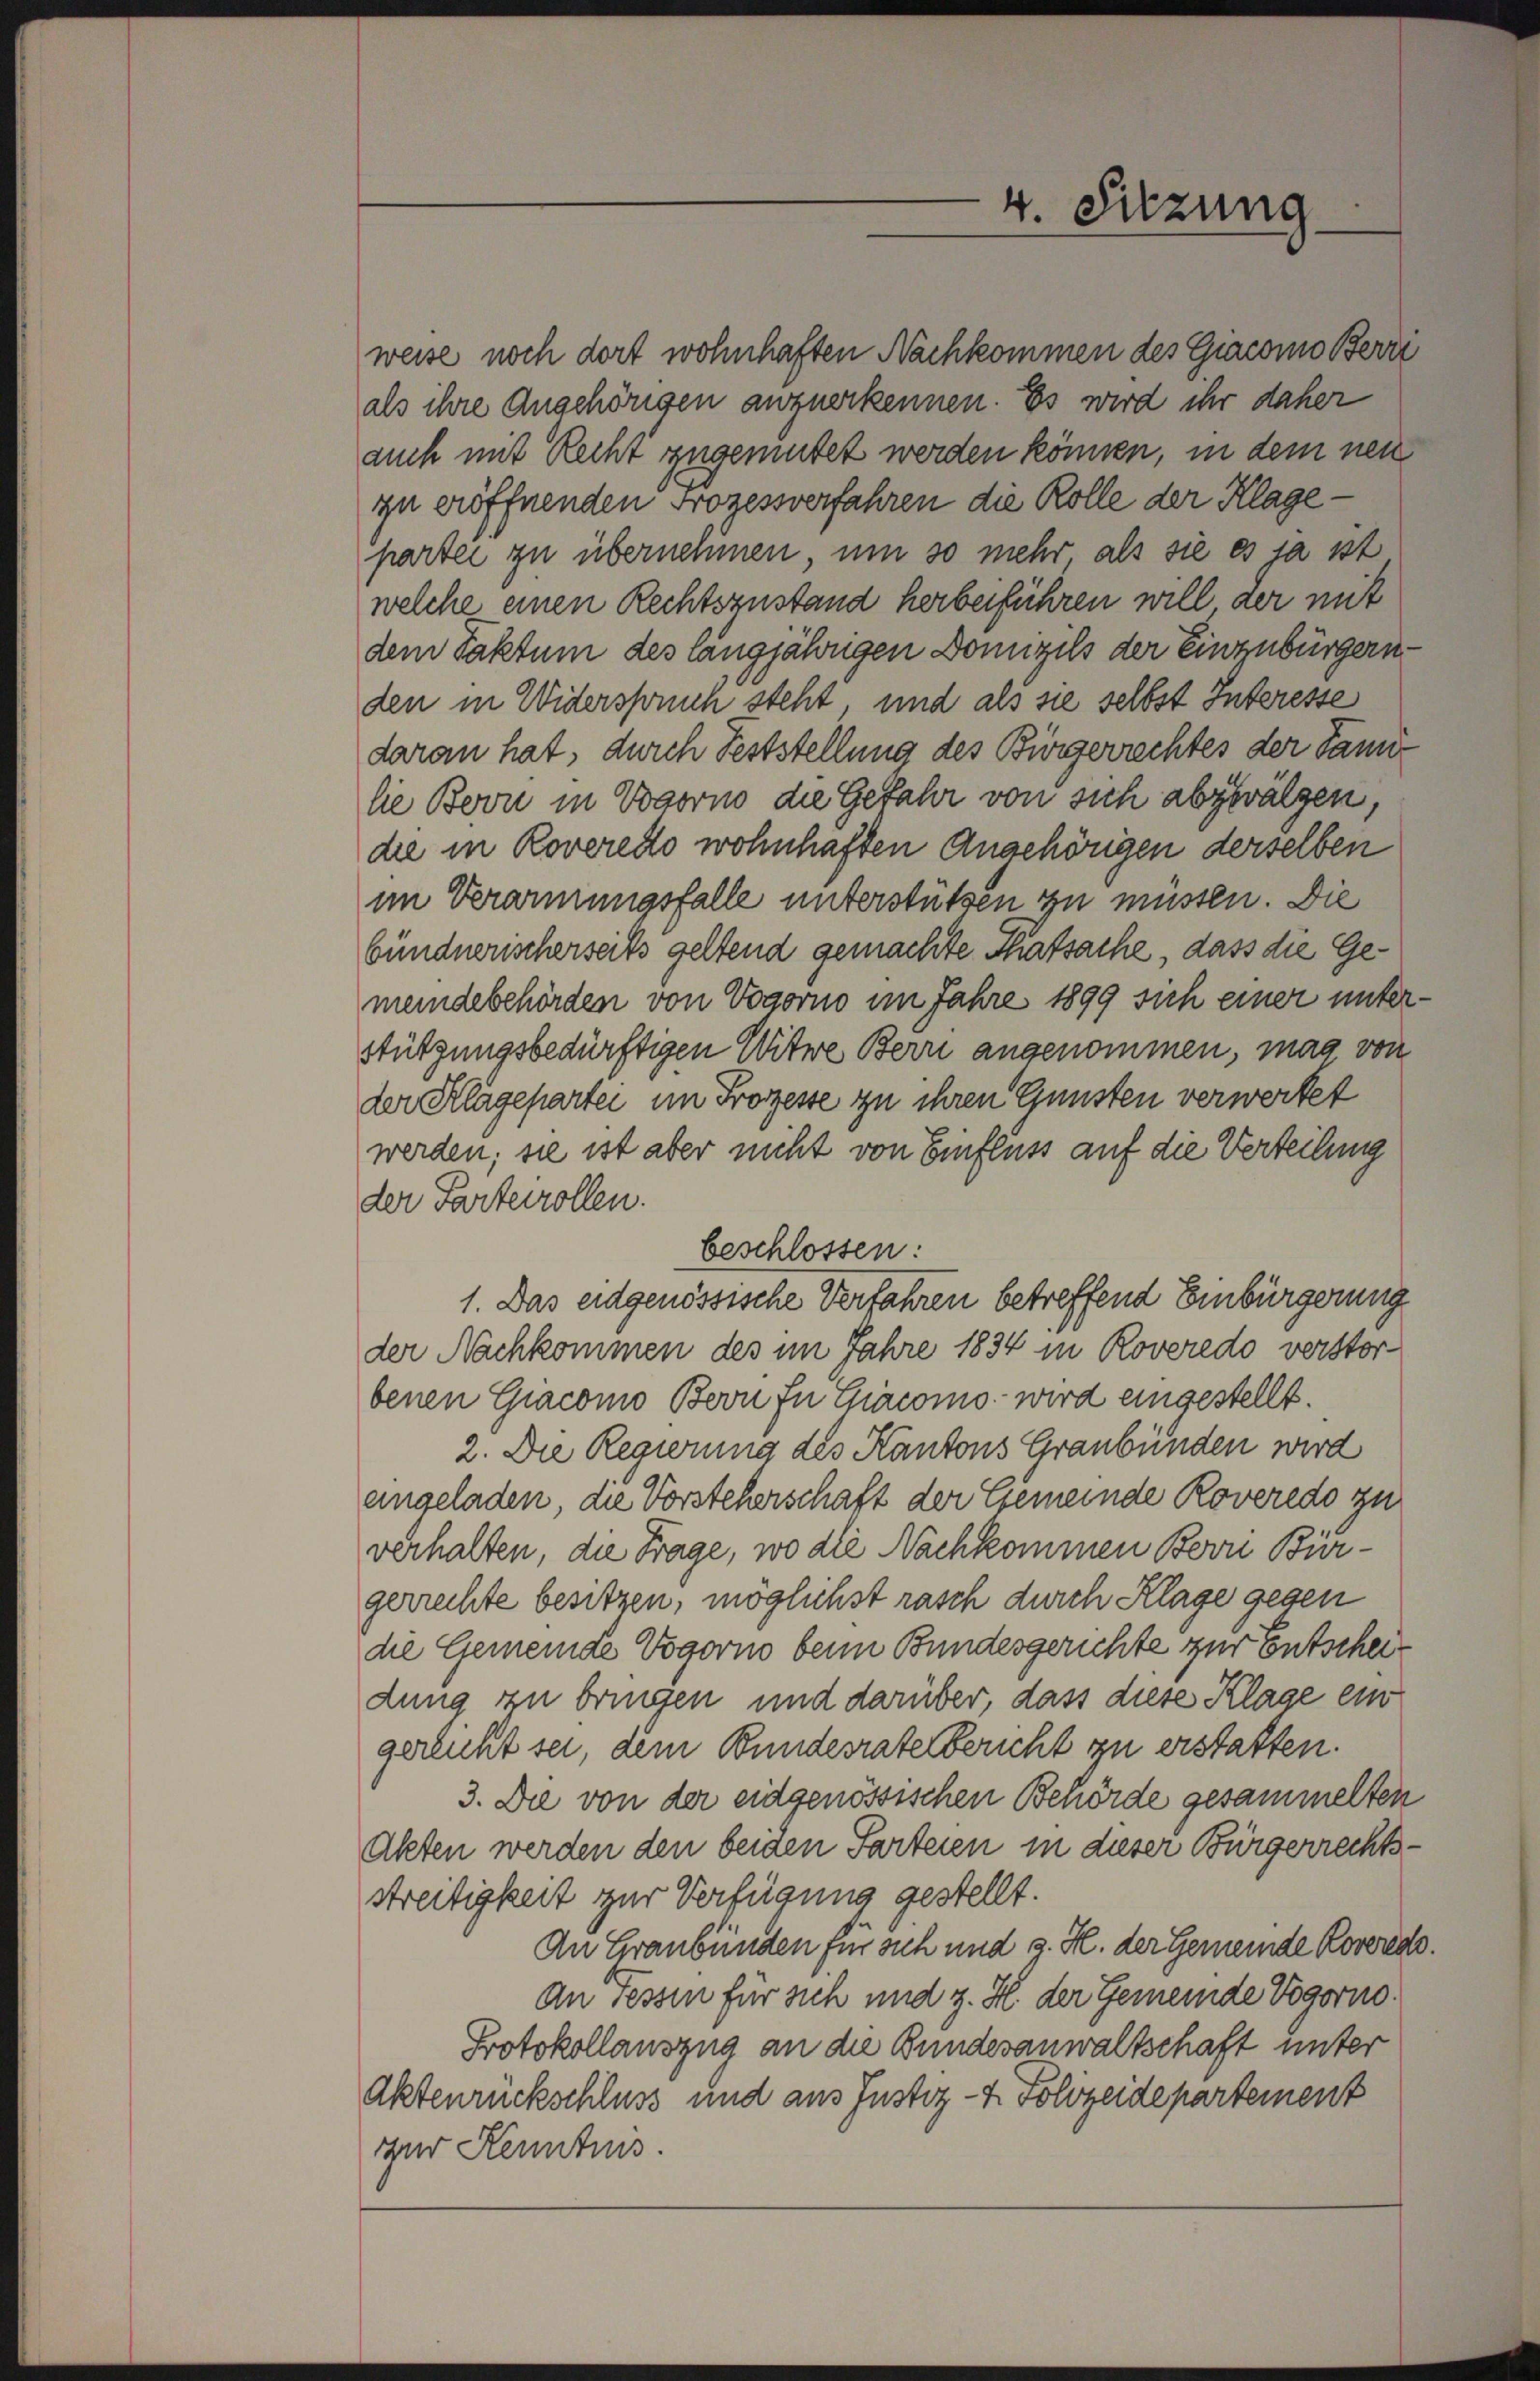
weise noch dort wohnhaften Nachkommen des Giacomo Berri
als ihre Angehörigen auzuerkennen. Es wird ihr daher
auch mit Recht zugemutet werden können, in dem neu
zu eröffnenden Prozessverfahren die Rolle der Klagepartei zu übernehmen, um so mehr als sie es ja ist
welche einen Rechtszustand herbeiführen will, der mit
dem Faktum des langjährigen Domizils der Einzubürgernden in Widerspruch steht und als sie selbst Interesse
daran hat, durch Feststellung des Bürgerrechtes der Tanne
lie Bovii in Vogorno die Gefahr von sich abzuwälzen,
die in Roveretto wohnhaften Angehörigen derselben

beschlossen:

4. Sitzung

im Verarmungsfalle unterstützen zu müssen. Die
bündnerischerseits geltend gemachte Thatsache, dass die Gemeindebehörden von Vogorno im Jahre 1899 sich einer unter¬
Stützungsbedürftigen Witwe Berri angenommen, mag von
der Klägepartei im Prozesse zu ihren Gunsten verwortet
werden; sie ist aber nicht von Einfluss auf die Verteilung
der Parterrollen.
1. Das eidgenössische Verfahren betreffend Einbürgerung
der Nachkommen des im Jahre 1834 in Roveredo verstor-
benen Giacono Bern In Chiacomo- wird eingestellt.
2. Die Regierung des Kantons Graubünden wird
angeladen, die Vorsteherschaft der Gemeinde Roveredo zu
verhalten, die Frage, wo die Nachkommen Boon Bürgerrechte besitzen, möglichst rasch durch Klage gegen
die Gemeinde Vogorno beim Bundesgerichte zur Entscheidung zu bringen und darüber, dass diese Klage ein
gerlicht sei, dem Bundesrate bericht zu erstatten.
3. Die von der eidgenössischen Behörde gesammelten
Akten werden den beiden Parteien in dieser Bürgerrechtsstreitigkeit zur Verfügung gestellt.
An Graubünden für sich und z. H. der Gemeinde Korredo
An sessen für sich und z. H. der Gemeinde Vogorno.
Protokollauszug an die Bundesanwaltschaft unter
Aktenrückschluss und aus Justiz- & Polizeidepartement
zur Kenntnis.